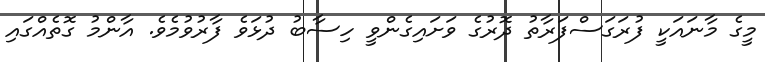
މީގެ މާނައަކީ ފުރަގަސްފަރާތު ދޮރުގެ ވަށައިގެންވީ ހިސާބު ދުޅަވެ ފާރުވުމެވެ. އާންމު ގޮތެއްގައި